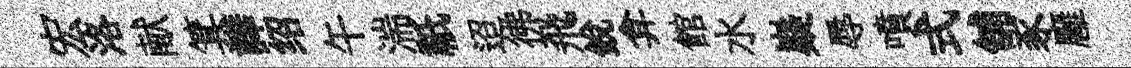
宏洛献箕譁绍午湍祇迢彿飛銳弇館水嶷辱噴式舖豕廱